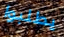
يطلبوا